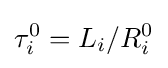
\tau _{i}^{0}=L_{i}/R_{i}^{0}